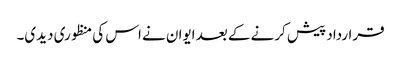
قرارداد پیش کرنے کے بعد ایوان نے اس کی منظوری دیدی۔